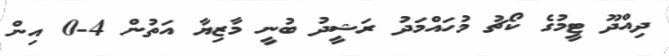
ދިއްދޫ ޓީމުގެ ކޯޗު މުހައްމަދު ރަޝީދު ބުނީ މާޒިޔާ އަތުން 4-0 އިން